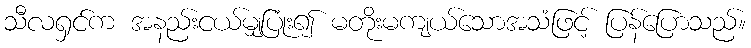
သီလရှင်က အနည်းငယ်မျှပြုံး၍ မတိုးမကျယ်သောအသံဖြင့် ပြန်ပြောသည်။